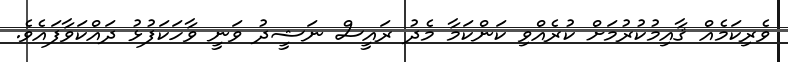
ވެރިކަމެއް ޤާއިމުކުރުމަށް ކުރެއްވި ކަންކަމާ މެދު ރައީސް ނަޝީދު ވަނީ ވާހަކަފުޅު ދައްކަވާފައެވެ.